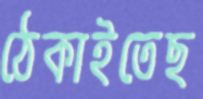
ঠেকাইতেছ